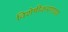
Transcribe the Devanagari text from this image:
विशेषीकरणाचा